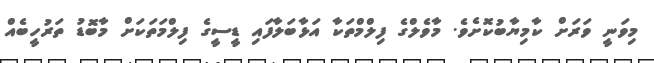
މިވަނީ ވަރަށް ކާމިޔާބުކޮށެވެ. މާވެލްގެ ފިލްމްތަކާ އަޅާބަލާފައި ޑީސީގެ ފިލްމަތަކަށް މާބޮޑު ތަރުހީބެއް